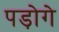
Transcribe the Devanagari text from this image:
पड़ोगे